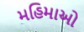
મહિમાઓ